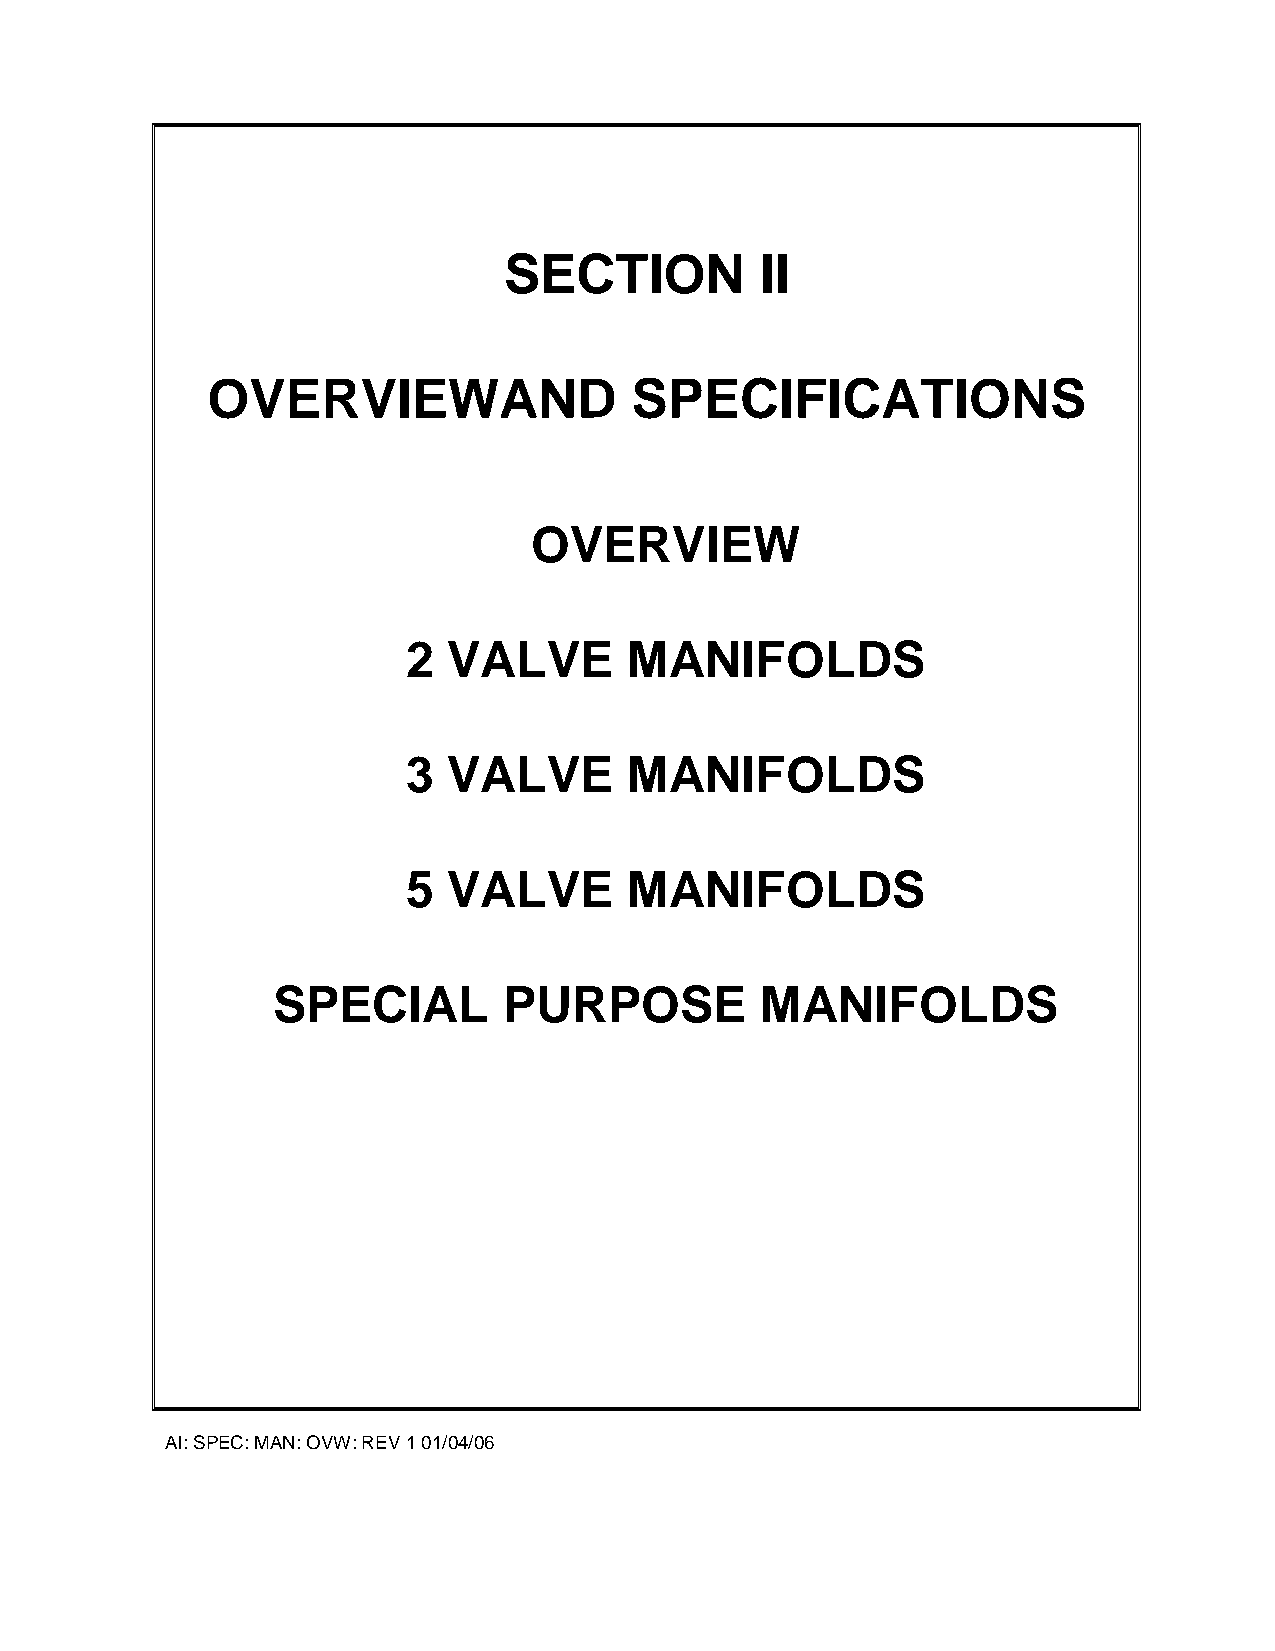
SECTION          II
 OVERVIEWAND                 SPECIFICATIONS
 OVERVIEW
 2  VALVE       MANIFOLDS
 3  VALVE       MANIFOLDS
 5  VALVE       MANIFOLDS
 SPECIAL        PURPOSE          MANIFOLDS
 AI: SPEC: MAN: OVW: REV 1 01/04/06